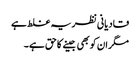
قادیانی نظریہ غلط ہے
مگر ان کو بھی جینے کا حق ہے ۔